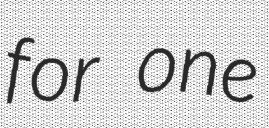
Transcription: for one